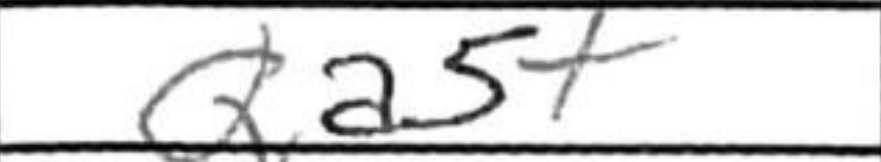
Transcription: Qa5+